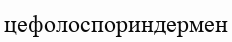
цефолоспориндермен